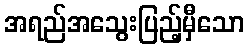
အရည်အသွေးပြည့်မှီသော